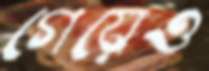
গেয়েও